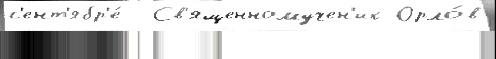
с'ент'ябр'е́  Св'ященномучен'ик Орло́в